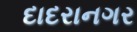
દાદરાનગર